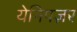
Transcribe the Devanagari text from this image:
येनिपज़र